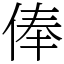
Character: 俸